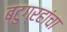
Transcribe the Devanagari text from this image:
बटुग्रहांचा